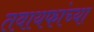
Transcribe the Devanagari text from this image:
तवायफांच्या